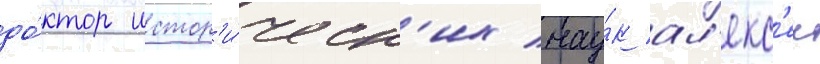
до́ктор истор'и́ческ'их нау́к ал'екс'еи